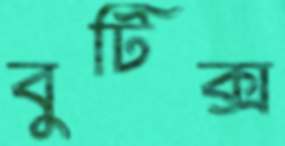
বুটিক্স